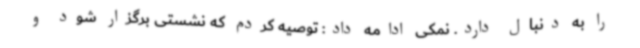
را به دنبال دارد. نمکی ادامه داد: توصیه کردم که نشستی برگزار شود و